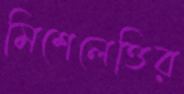
মিশেলেত্তির